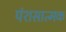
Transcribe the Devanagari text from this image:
पंशसात्मक